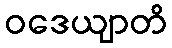
ဝဒေယျာတိ